Indian journal of veterinary science and animal husbandry - Volumes 18-21, 1948-1951
Year: 1948
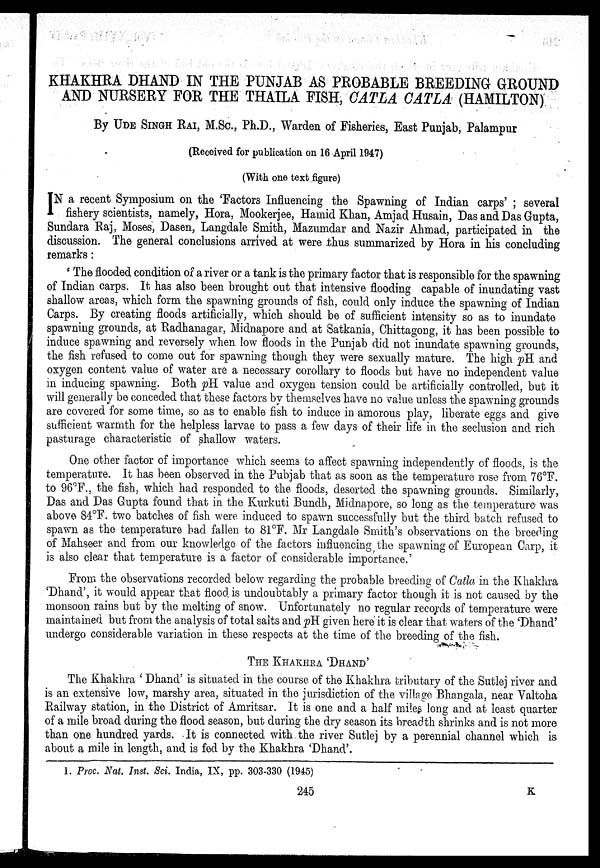
KHAKHRA DHAND IN THE PUNJAB AS PROBABLE BREEDING GROUND
AND NURSERY FOR THE THAILA FISH, CATLA CATLA (HAMILTON)
By UDE SINGH RAI, M.Sc., Ph.D., Warden of Fisheries, East Punjab, Palampur
(Received for publication on 16 April 1947)
(With one text figure)
I N a recent Symposium on the 'Factors Influencing the Spawning of Indian carps' ; several
fishery scientists, namely, Hora, Mookerjee, Hamid Khan, Amjad Husain, Das and Das Gupta,
Sundara Raj, Moses, Dasen, Langdale Smith, Mazumdar and Nazir Ahmad, participated in the
discussion. The general conclusions arrived at were thus summarized by Hora in his concluding
remarks:
' The flooded condition of a river or a tank is the primary factor that is responsible for the spawning
of Indian carps. It has also been brought out that intensive flooding capable of inundating vast
shallow areas, which form the spawning grounds of fish, could only induce the spawning of Indian
Carps. By creating floods artificially, which should be of sufficient intensity so as to inundate
spawning grounds, at Radhanagar, Midnapore and at Satkania, Chittagong, it has been possible to
induce spawning and reversely when low floods in the Punjab did not inundate spawning grounds,
the fish refused to come out for spawning though they were sexually mature. The high pH and
oxygen content value of water are a necessary corollary to floods but have no independent value
in inducing spawning. Both pH value and oxygen tension could be artificially controlled, but it
will generally be conceded that these factors by themselves have no value unless the spawning grounds
are covered for some time, so as to enable fish to induce in amorous play, liberate eggs and give
sufficient warmth for the helpless larvae to pass a few days of their life in the seclusion and rich
pasturage characteristic of shallow waters.
One other factor of importance which seems to affect spawning independently of floods, is the
temperature. It has been observed in the Pubjab that as soon as the temperature rose from 76°F.
to 96°F., the fish, which had responded to the floods, deserted the spawning grounds. Similarly,
Das and Das Gupta found that in the Kurkuti Bundh, Midnapore, so long as the temperature was
above 84°F. two batches of fish were induced to spawn successfully but the third batch refused to
spawn as the temperature had fallen to 81°F. Mr Langdale Smith's observations on the breeding
of Mahseer and from our knowledge of the factors influencing the spawning of European Carp, it
is also clear that temperature is a factor of considerable importance.'
From the observations recorded below regarding the probable breeding of Catla in the Khakhra
'Dhand', it would appear that flood is undoubtably a primary factor though it is not caused by the
monsoon rains but by the melting of snow. Unfortunately no regular records of temperature were
maintained but from the analysis of total salts and pH given here it is clear that waters of the 'Dhand'
undergo considerable variation in these respects at the time of the breeding of the fish.
THE KHAKHRA ' DHAND'
The Khakhra ' Dhand' is situated in the course of the Khakhra tributary of the Sutlej river and
is an extensive low, marshy area, situated in the jurisdiction of the village Bhangala, near Valtoha
Railway station, in the District of Amritsar. It is one and a half miles long and at least quarter
of a mile broad during the flood season, but during the dry season its breadth shrinks and is not more
than one hundred yards. It is connected with the river Sutlej by a perennial channel which is
about a mile in length, and is fed by the Khakhra 'Dhand'.
1. Proc. Nat. Inst. Sci. India, IX, pp. 303-330 (1945)
245
K